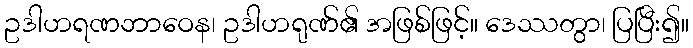
ဥဒါဟရဏဘာဝေန၊ ဥဒါဟရုဏ်၏ အဖြစ်ဖြင့်။ ဒေဿတွာ၊ ပြပြီး၍။